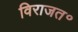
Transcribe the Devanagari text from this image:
विराजत॰